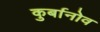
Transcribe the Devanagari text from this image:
कुर्बानोव